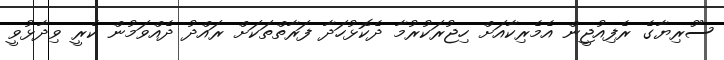
ސޫރިޔާގެ ރެފިއުޖީން އެމެރިކާއަށް ހިޖުރަކުރުމާ ދެކޮޅުހަދާ ފަރާތްތަކަށް ރައްދު ދެއްވަމުން ކެރީ ވިދާޅުވީ